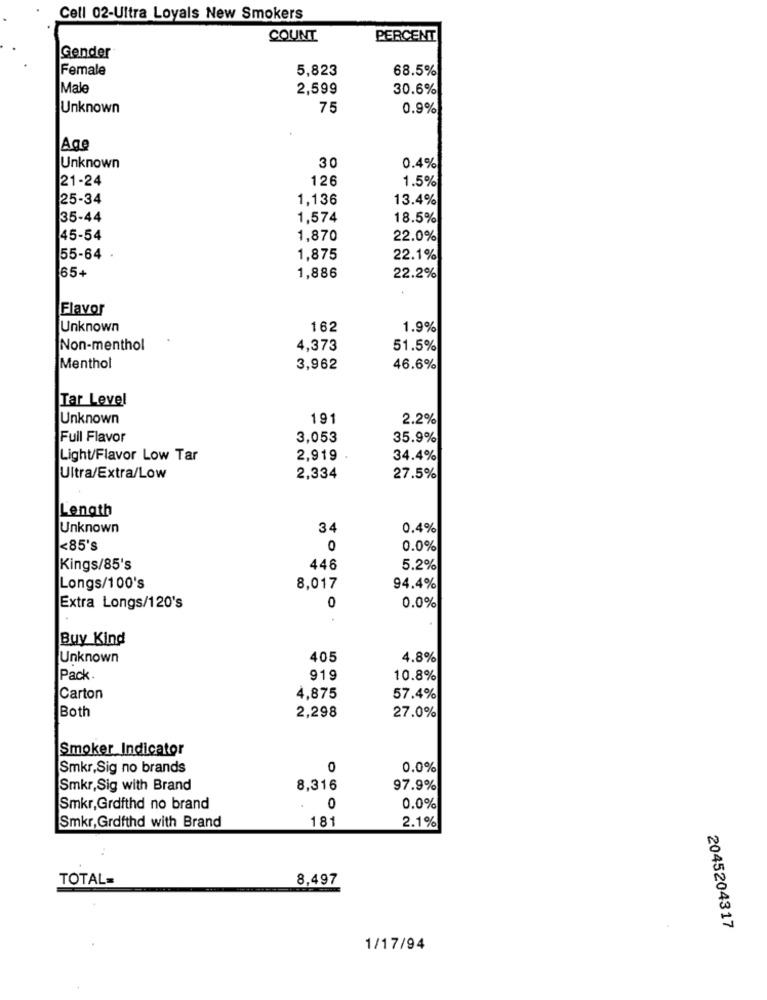
Cell 02-Ultra Loyals New Smokers
COUNT
PERCENT
Gender
Female
5,823
68.5%
Male
2,599
30.6%
Unknown
75
0.9%
Age
Unknown
30
0.4%
21-24
126
1.5%
25-34
1,136
13.4%
35-44
1,574
18.5%
45-54
1,870
22.0%
55-64
1,875
22.1%
65+
1,886
22.2%
Flavor
Unknown
162
1.9%
Non-menthol
4.373
51.5%
Menthol
3,962
46.6%
Tar Level
Unknown
191
2.2%
Full Flavor
3,053
35.9%
Light/Flavor Low Tar
2,919
34.4%
Ultra/Extra/Low
2,334
27.5%
Lenath
Unknown
34
0.4%
<85's
0
0.0%
Kings/85's
446
5.2%
Longs/100's
8,017
94.4%
0
Extra Longs/120's
0.0%
Buy Kind
Unknown
405
4.8%
Pack
919
10.8%
Carton
4,875
57.4%
Both
2,298
27.0%
Smoker Indicator
Smkr,Sig no brands
0
0.0%
Smkr, Sig with Brand
8,316
97.9%
Smkr,Grdfthd no brand
0
0.0%
Smkr, Grofthd with Brand
181
2.1%
TOTAL=
8,497
2045204317
1/17/94